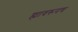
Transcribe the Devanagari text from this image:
ह्यावरूनच